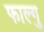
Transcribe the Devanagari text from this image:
फाल्गु